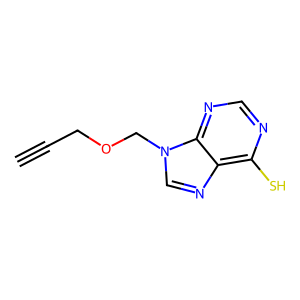
SMILES: C#CCOCn1cnc2c(S)ncnc21
Inhibits HIV replication: No